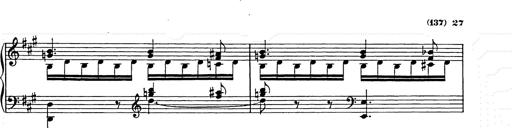
Title: Weihnachtsbaum
Composer: Franz Liszt